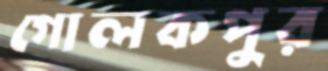
গোলকপুর